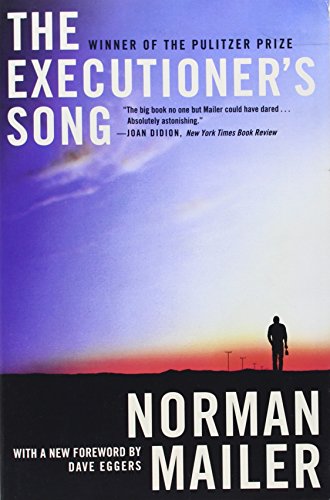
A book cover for The Executioner's Song; Norman Mailer; Literature & Fiction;